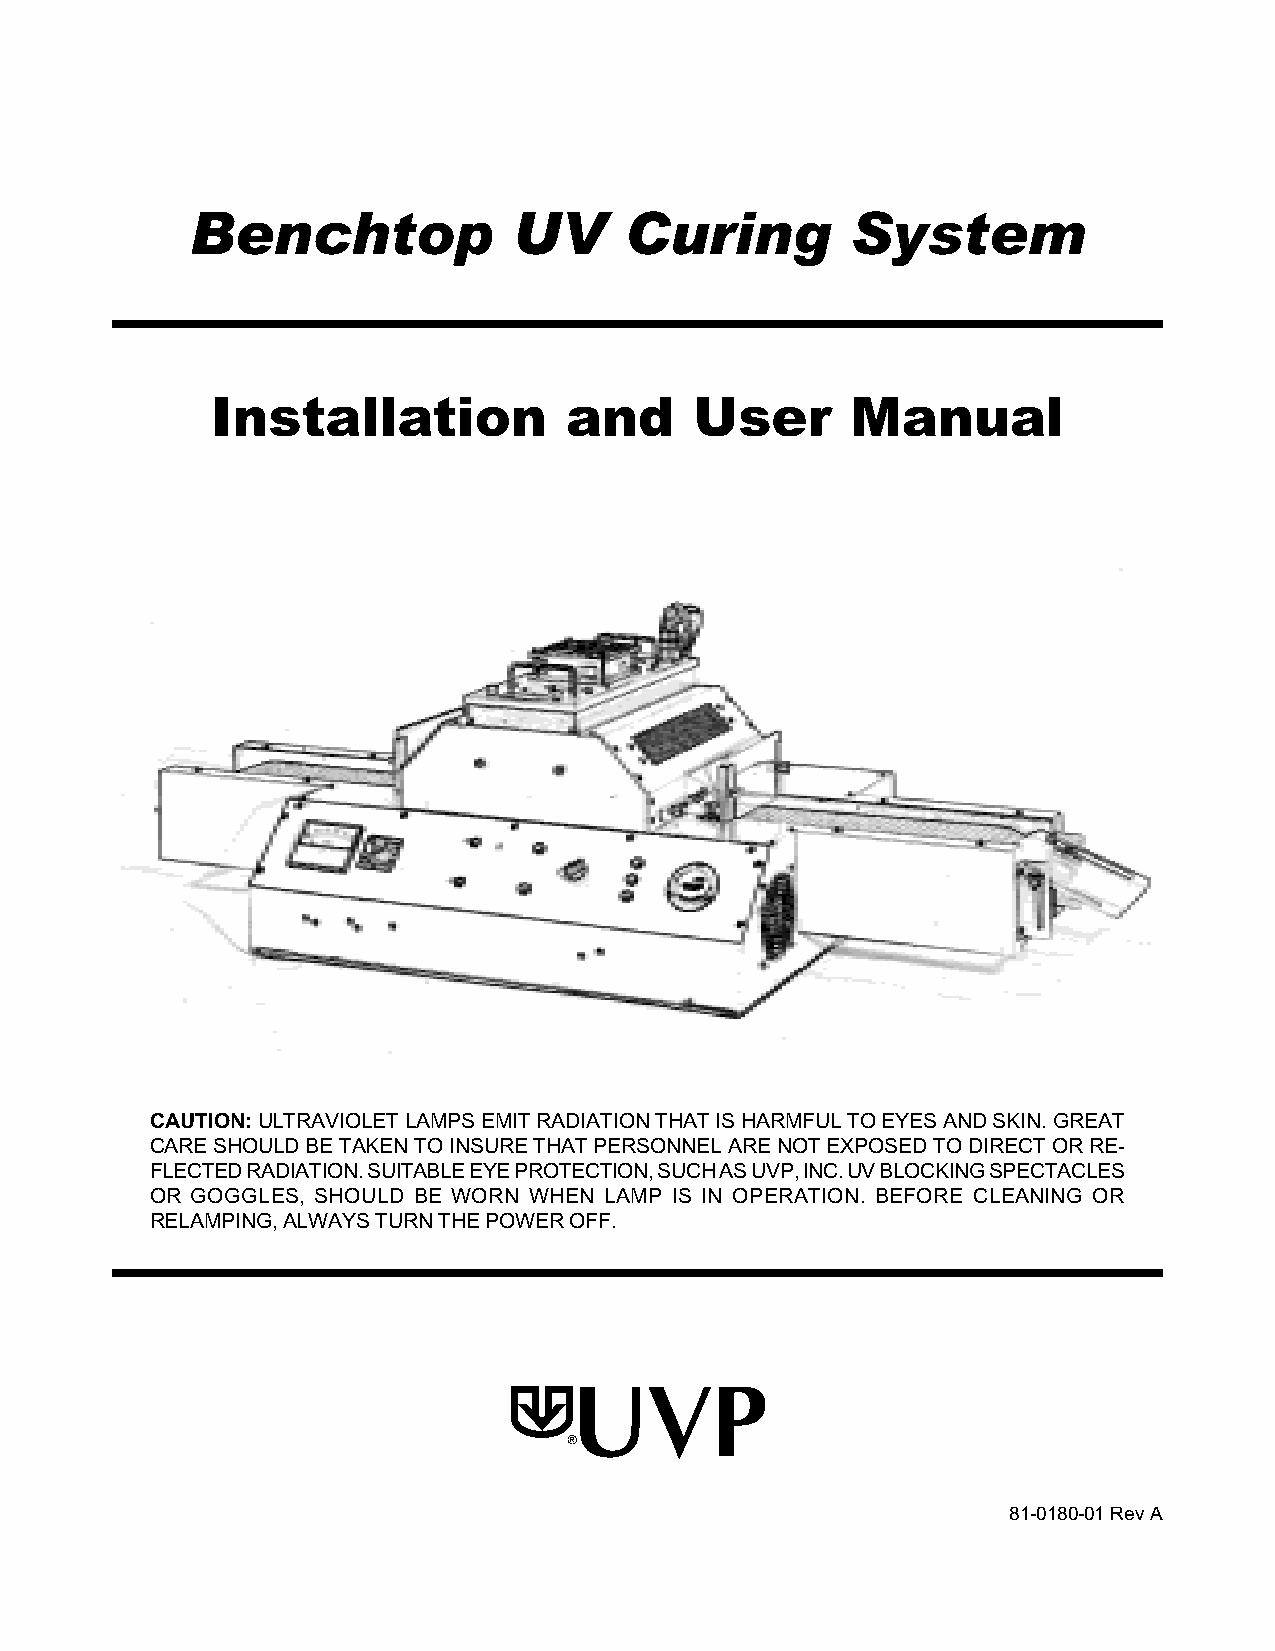
Benchtop             UV     Curing         System
 Installation           and      User      Manual
 CAUTION: ULTRAVIOLET LAMPS EMIT RADIATION THAT IS HARMFUL TO EYES AND SKIN. GREAT
 CARE SHOULD BE TAKEN TO INSURE THAT PERSONNEL ARE NOT EXPOSED TO DIRECT OR RE-
 FLECTED RADIATION. SUITABLE EYE PROTECTION, SUCH AS UVP, INC. UV BLOCKING SPECTACLES
 OR GOGGLES, SHOULD BE WORN WHEN LAMP IS IN OPERATION. BEFORE CLEANING OR
 RELAMPING, ALWAYS TURN THE POWER OFF.
 81-0180-01 Rev A